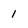
Character: 1